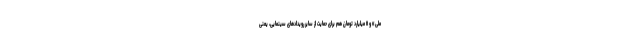
ملی» و ۱۱ میلیارد تومان هم برای حمایت از سایر رویدادهای سینمایی، یعنی